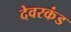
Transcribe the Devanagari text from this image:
देवरकंंड